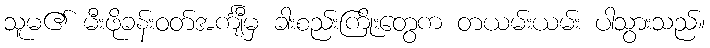
သူမ၏ မီးဖိုခန်းဝတ်အင်္ကျီမှ ခါးစည်းကြိုးတွေက တယမ်းယမ်း ပါသွားသည်။